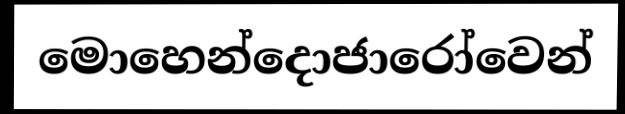
මොහෙන්දොජාරෝවෙන්